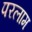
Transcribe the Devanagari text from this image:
परलाम